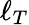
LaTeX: \ell_{T}